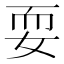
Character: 耍